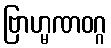
ဗြာဟ္မဏဝဂ္ဂ